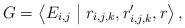
LaTeX: \begin{align*}G=\left\langle E_{i,j}\;\big|\;r_{i,j,k},r_{i,j,k}',r\right\rangle,\end{align*}